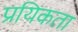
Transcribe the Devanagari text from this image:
प्रयिकता